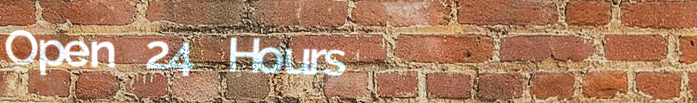
Open 24 Hours